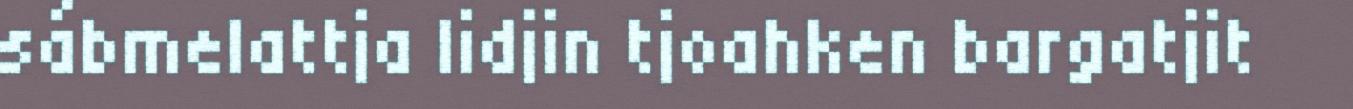
sábmelattja lidjin tjoahken bargatjit